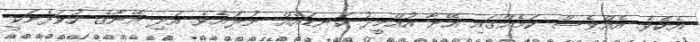
އެކެވެ. އެއްވެސް ކަމެއްގައި އޭނާ އުއްމީދު ކަނޑައެއް ނުލައެވެ. އަދި އޭނާގެ ހުވަފެނަކީ